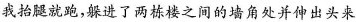
我抬腿就跑，躲进了两栋楼之间的墙角处并伸出头来